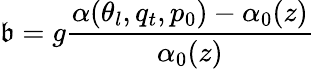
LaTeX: \mathfrak{b}=g\frac{{\alpha(\theta_{l},q_{t},p_{0})-\alpha_{0}(z)}}{{\alpha_{0}(z)}}